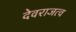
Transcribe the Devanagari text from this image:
देवराजत्व